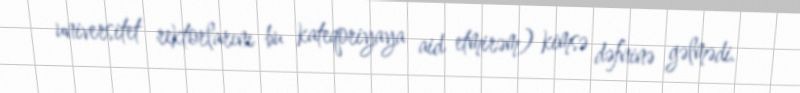
universitet rektorlarını bu kateqoriyaya aid etmirəm) kimsə dəfninə gəlmədi.